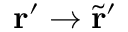
\mathbf { r } ^ { \prime } \rightarrow \tilde { \mathbf { r } } ^ { \prime }